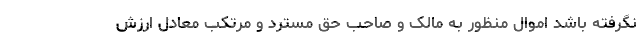
نگرفته باشد اموال منظور به مالک و صاحب حق مسترد و مرتکب معادل ارزش